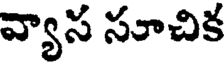
వ్యాస సూచిక